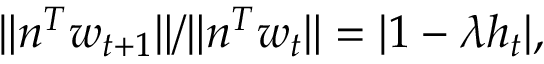
\| n ^ { T } w _ { t + 1 } \| / \| n ^ { T } w _ { t } \| = | 1 - \lambda h _ { t } | ,